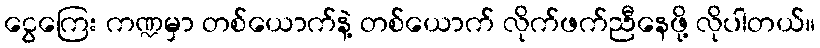
ငွေကြေး ကဏ္ဍမှာ တစ်ယောက်နဲ့ တစ်ယောက် လိုက်ဖက်ညီနေဖို့ လိုပါတယ်။